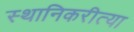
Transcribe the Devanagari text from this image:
स्थानिकरीत्या